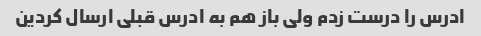
ادرس را درست زدم ولی باز هم به ادرس قبلی ارسال کردین